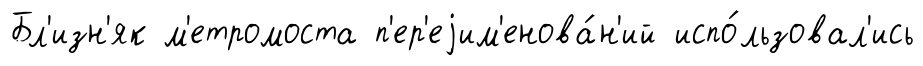
Бл'изн'як м'етромоста п'ер'еjим'енова́н'ий испо́льзовал'ись